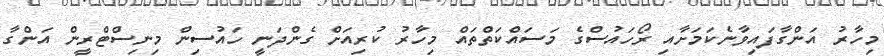
މިހާރު އަންގާފައިވާނެކަމަށާއި ރޯހައުސްގެ މަސައްކަތްތައް މިހާރު ކުރިއަށް ގެންދަނީ ހައުސިން މިނިސްޓްރީން އަންގާ